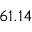
6 1 . 1 4